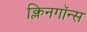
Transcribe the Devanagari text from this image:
क्लिनगॉन्स